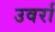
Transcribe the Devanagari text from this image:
उवर्रा